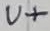
Text: U+